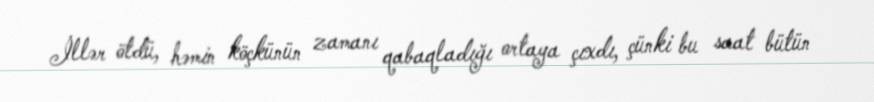
İllər ötdü, həmin köçkünün zamanı qabaqladığı ortaya çıxdı, çünki bu saat bütün